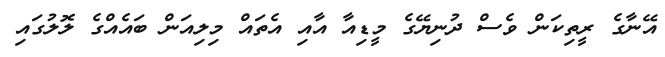
އޭނާގެ ރީތިކަން ވެސް ދުނިޔޭގެ މީޑިއާ އާއި އެތައް މިލިއަން ބައެއްގެ ލޮލުގައި